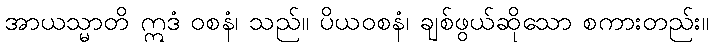
အာယသ္မာတိ ဣဒံ ဝစနံ၊ သည်။ ပိယဝစနံ၊ ချစ်ဖွယ်ဆိုသော စကားတည်း။